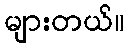
များတယ်။